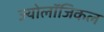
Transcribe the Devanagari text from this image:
ज्योलॉजिकल